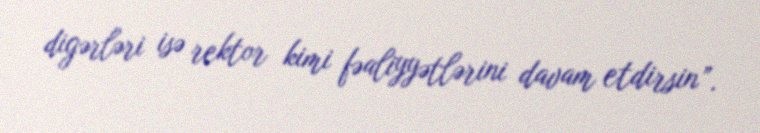
digərləri isə rektor kimi fəaliyyətlərini davam etdirsin”.